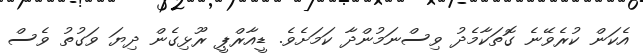
އެކަން ކުރެވޭނެ ގޮތަކާމެދު ވިސްނަމުންދާ ކަމަށެވެ. ޑީއާރްޕީ ރޫޅިގެން ދިޔަ ވަގުތު ވެސް